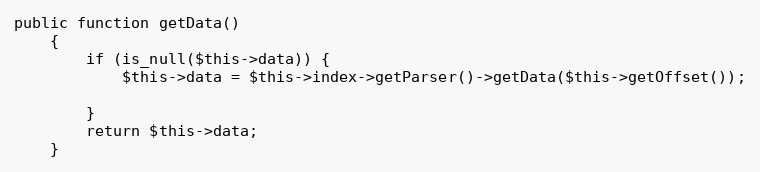
Language: PHP
public function getData()
    {
        if (is_null($this->data)) {
            $this->data = $this->index->getParser()->getData($this->getOffset());

        }
        return $this->data;
    }